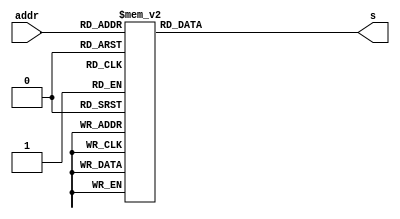
module sine_lut(addr, s);

input [7:0] addr;
output [7:0] s;

reg [7:0] s;

always @(addr) begin
case (addr)
0: s = 8'h80;
1: s = 8'h83;
2: s = 8'h86;
3: s = 8'h89;
4: s = 8'h8C;
5: s = 8'h8F;
6: s = 8'h92;
7: s = 8'h95;
8: s = 8'h98;
9: s = 8'h9B;
10: s = 8'h9E;
11: s = 8'hA2;
12: s = 8'hA5;
13: s = 8'hA7;
14: s = 8'hAA;
15: s = 8'hAD;
16: s = 8'hB0;
17: s = 8'hB3;
18: s = 8'hB6;
19: s = 8'hB9;
20: s = 8'hBC;
21: s = 8'hBE;
22: s = 8'hC1;
23: s = 8'hC4;
24: s = 8'hC6;
25: s = 8'hC9;
26: s = 8'hCB;
27: s = 8'hCE;
28: s = 8'hD0;
29: s = 8'hD3;
30: s = 8'hD5;
31: s = 8'hD7;
32: s = 8'hDA;
33: s = 8'hDC;
34: s = 8'hDE;
35: s = 8'hE0;
36: s = 8'hE2;
37: s = 8'hE4;
38: s = 8'hE6;
39: s = 8'hE8;
40: s = 8'hEA;
41: s = 8'hEB;
42: s = 8'hED;
43: s = 8'hEE;
44: s = 8'hF0;
45: s = 8'hF1;
46: s = 8'hF3;
47: s = 8'hF4;
48: s = 8'hF5;
49: s = 8'hF6;
50: s = 8'hF8;
51: s = 8'hF9;
52: s = 8'hFA;
53: s = 8'hFA;
54: s = 8'hFB;
55: s = 8'hFC;
56: s = 8'hFD;
57: s = 8'hFD;
58: s = 8'hFE;
59: s = 8'hFE;
60: s = 8'hFE;
61: s = 8'hFF;
62: s = 8'hFF;
63: s = 8'hFF;
64: s = 8'hFF;
65: s = 8'hFF;
66: s = 8'hFF;
67: s = 8'hFF;
68: s = 8'hFE;
69: s = 8'hFE;
70: s = 8'hFE;
71: s = 8'hFD;
72: s = 8'hFD;
73: s = 8'hFC;
74: s = 8'hFB;
75: s = 8'hFA;
76: s = 8'hFA;
77: s = 8'hF9;
78: s = 8'hF8;
79: s = 8'hF6;
80: s = 8'hF5;
81: s = 8'hF4;
82: s = 8'hF3;
83: s = 8'hF1;
84: s = 8'hF0;
85: s = 8'hEE;
86: s = 8'hED;
87: s = 8'hEB;
88: s = 8'hEA;
89: s = 8'hE8;
90: s = 8'hE6;
91: s = 8'hE4;
92: s = 8'hE2;
93: s = 8'hE0;
94: s = 8'hDE;
95: s = 8'hDC;
96: s = 8'hDA;
97: s = 8'hD7;
98: s = 8'hD5;
99: s = 8'hD3;
100: s = 8'hD0;
101: s = 8'hCE;
102: s = 8'hCB;
103: s = 8'hC9;
104: s = 8'hC6;
105: s = 8'hC4;
106: s = 8'hC1;
107: s = 8'hBE;
108: s = 8'hBC;
109: s = 8'hB9;
110: s = 8'hB6;
111: s = 8'hB3;
112: s = 8'hB0;
113: s = 8'hAD;
114: s = 8'hAA;
115: s = 8'hA7;
116: s = 8'hA5;
117: s = 8'hA2;
118: s = 8'h9E;
119: s = 8'h9B;
120: s = 8'h98;
121: s = 8'h95;
122: s = 8'h92;
123: s = 8'h8F;
124: s = 8'h8C;
125: s = 8'h89;
126: s = 8'h86;
127: s = 8'h83;
128: s = 8'h80;
129: s = 8'h7C;
130: s = 8'h79;
131: s = 8'h76;
132: s = 8'h73;
133: s = 8'h70;
134: s = 8'h6D;
135: s = 8'h6A;
136: s = 8'h67;
137: s = 8'h64;
138: s = 8'h61;
139: s = 8'h5D;
140: s = 8'h5A;
141: s = 8'h58;
142: s = 8'h55;
143: s = 8'h52;
144: s = 8'h4F;
145: s = 8'h4C;
146: s = 8'h49;
147: s = 8'h46;
148: s = 8'h43;
149: s = 8'h41;
150: s = 8'h3E;
151: s = 8'h3B;
152: s = 8'h39;
153: s = 8'h36;
154: s = 8'h34;
155: s = 8'h31;
156: s = 8'h2F;
157: s = 8'h2C;
158: s = 8'h2A;
159: s = 8'h28;
160: s = 8'h25;
161: s = 8'h23;
162: s = 8'h21;
163: s = 8'h1F;
164: s = 8'h1D;
165: s = 8'h1B;
166: s = 8'h19;
167: s = 8'h17;
168: s = 8'h15;
169: s = 8'h14;
170: s = 8'h12;
171: s = 8'h11;
172: s = 8'h0F;
173: s = 8'h0E;
174: s = 8'h0C;
175: s = 8'h0B;
176: s = 8'h0A;
177: s = 8'h09;
178: s = 8'h07;
179: s = 8'h06;
180: s = 8'h05;
181: s = 8'h05;
182: s = 8'h04;
183: s = 8'h03;
184: s = 8'h02;
185: s = 8'h02;
186: s = 8'h01;
187: s = 8'h01;
188: s = 8'h01;
189: s = 8'h00;
190: s = 8'h00;
191: s = 8'h00;
192: s = 8'h00;
193: s = 8'h00;
194: s = 8'h00;
195: s = 8'h00;
196: s = 8'h01;
197: s = 8'h01;
198: s = 8'h01;
199: s = 8'h02;
200: s = 8'h02;
201: s = 8'h03;
202: s = 8'h04;
203: s = 8'h05;
204: s = 8'h05;
205: s = 8'h06;
206: s = 8'h07;
207: s = 8'h09;
208: s = 8'h0A;
209: s = 8'h0B;
210: s = 8'h0C;
211: s = 8'h0E;
212: s = 8'h0F;
213: s = 8'h11;
214: s = 8'h12;
215: s = 8'h14;
216: s = 8'h15;
217: s = 8'h17;
218: s = 8'h19;
219: s = 8'h1B;
220: s = 8'h1D;
221: s = 8'h1F;
222: s = 8'h21;
223: s = 8'h23;
224: s = 8'h25;
225: s = 8'h28;
226: s = 8'h2A;
227: s = 8'h2C;
228: s = 8'h2F;
229: s = 8'h31;
230: s = 8'h34;
231: s = 8'h36;
232: s = 8'h39;
233: s = 8'h3B;
234: s = 8'h3E;
235: s = 8'h41;
236: s = 8'h43;
237: s = 8'h46;
238: s = 8'h49;
239: s = 8'h4C;
240: s = 8'h4F;
241: s = 8'h52;
242: s = 8'h55;
243: s = 8'h58;
244: s = 8'h5A;
245: s = 8'h5D;
246: s = 8'h61;
247: s = 8'h64;
248: s = 8'h67;
249: s = 8'h6A;
250: s = 8'h6D;
251: s = 8'h70;
252: s = 8'h73;
253: s = 8'h76;
254: s = 8'h79;
255: s = 8'h7C;
endcase
end
endmodule